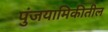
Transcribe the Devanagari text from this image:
पुंजयामिकीतील